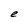
Character: e